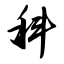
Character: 科